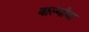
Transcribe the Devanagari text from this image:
बाल्यांचा